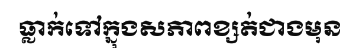
ធ្លាក់ទៅក្នុងសភាពខ្សត់ជាងមុន